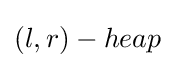
(l,r)-heap